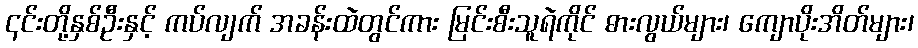
၎င်းတို့နှစ်ဦးနှင့် ကပ်လျက် အခန်းထဲတွင်ကား မြင်းစီးသူရဲကိုင် ဓားလွယ်များ၊ ကျောပိုးအိတ်များ၊